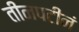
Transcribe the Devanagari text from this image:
तीनपटीनं